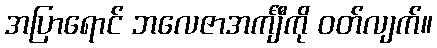
အပြာရောင် ဘလေဇာအင်္ကျီကို ဝတ်လျက်။